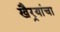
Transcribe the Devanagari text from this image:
खैर्‍यांचा